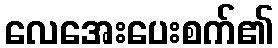
လေအေးပေးစက်၏